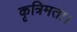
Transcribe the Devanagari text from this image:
कृत्रिमता।